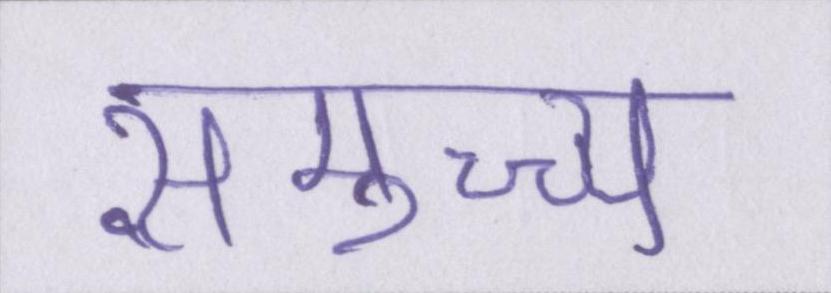
समुच्च्य